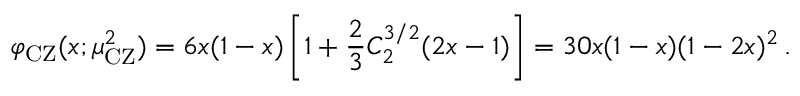
\varphi _ { \mathrm { C Z } } ( x ; \mu _ { \mathrm { C Z } } ^ { 2 } ) = 6 x ( 1 - x ) \left[ 1 + \frac { 2 } { 3 } C _ { 2 } ^ { 3 / 2 } ( 2 x - 1 ) \right] = 3 0 x ( 1 - x ) ( 1 - 2 x ) ^ { 2 } \, .